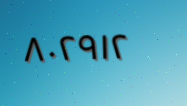
٨٠٢٩١٢